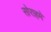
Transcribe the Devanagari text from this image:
सोराहमे